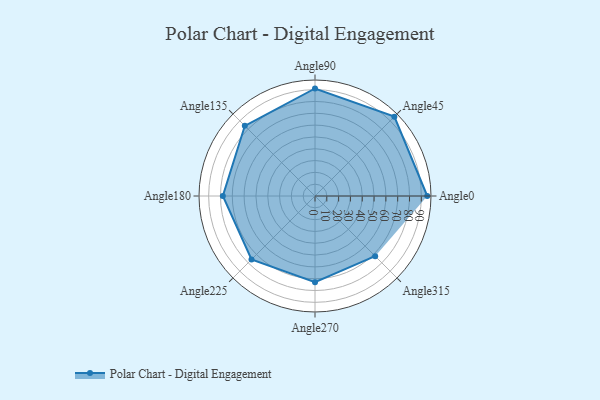
{"axis": {"x": "Angle", "y": "Radius"}, "legend": [""], "data": [{"x": "Angle0", "y": 95.0, "type": ""}, {"x": "Angle45", "y": 95.0, "type": ""}, {"x": "Angle90", "y": 91.0, "type": ""}, {"x": "Angle135", "y": 84.0, "type": ""}, {"x": "Angle180", "y": 78.0, "type": ""}, {"x": "Angle225", "y": 76.0, "type": ""}, {"x": "Angle270", "y": 73.0, "type": ""}, {"x": "Angle315", "y": 72.0, "type": ""}]}